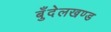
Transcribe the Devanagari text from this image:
बुँदेलखण्ड